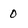
Character: 0